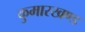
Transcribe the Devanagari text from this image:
कुमारखण्ड